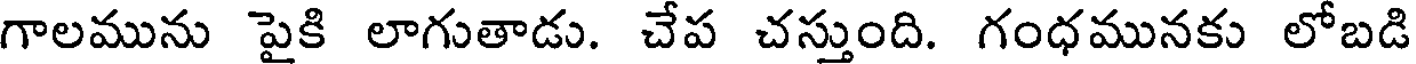
గాలమును పైకి లాగుతాడు. చేప చస్తుంది. గంధమునకు లోబడి